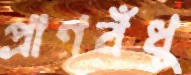
প্রাণবঁধু